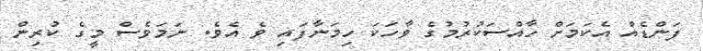
ފަންޑެއް އެކަމަށް ހާއްސަކުރުމުގެ ވާހަކަ ހިމަނާފައި ވެ އެވެ. ނަމަވެސް މީގެ ކުރިން